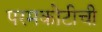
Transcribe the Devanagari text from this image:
परमकोटीची